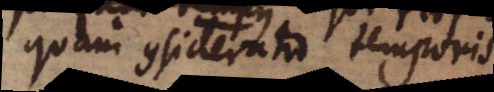
quam consideratio temporis.